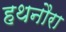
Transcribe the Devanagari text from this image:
हथनौरा